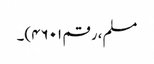
مسلم، رقم ۴۶۰۱)۔